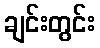
ချင်းတွင်း